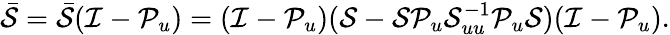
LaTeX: \bar{\mathcal{S}}=\bar{\mathcal{S}}(\mathcal{I}-\mathcal{P}_{u})=(\mathcal{I}-\mathcal{P}_{u})(\mathcal{S}-\mathcal{S}\mathcal{P}_{u}\mathcal{S}_{uu}^{-1}\mathcal{P}_{u}\mathcal{S})(\mathcal{I}-\mathcal{P}_{u}).